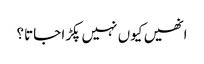
انھیں کیوں نہیں پکڑا جاتا؟